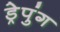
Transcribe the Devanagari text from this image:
ड्रेपुंग